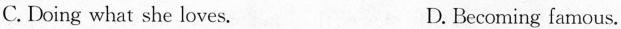
C. Doing what she loves. D. Becoming famous.